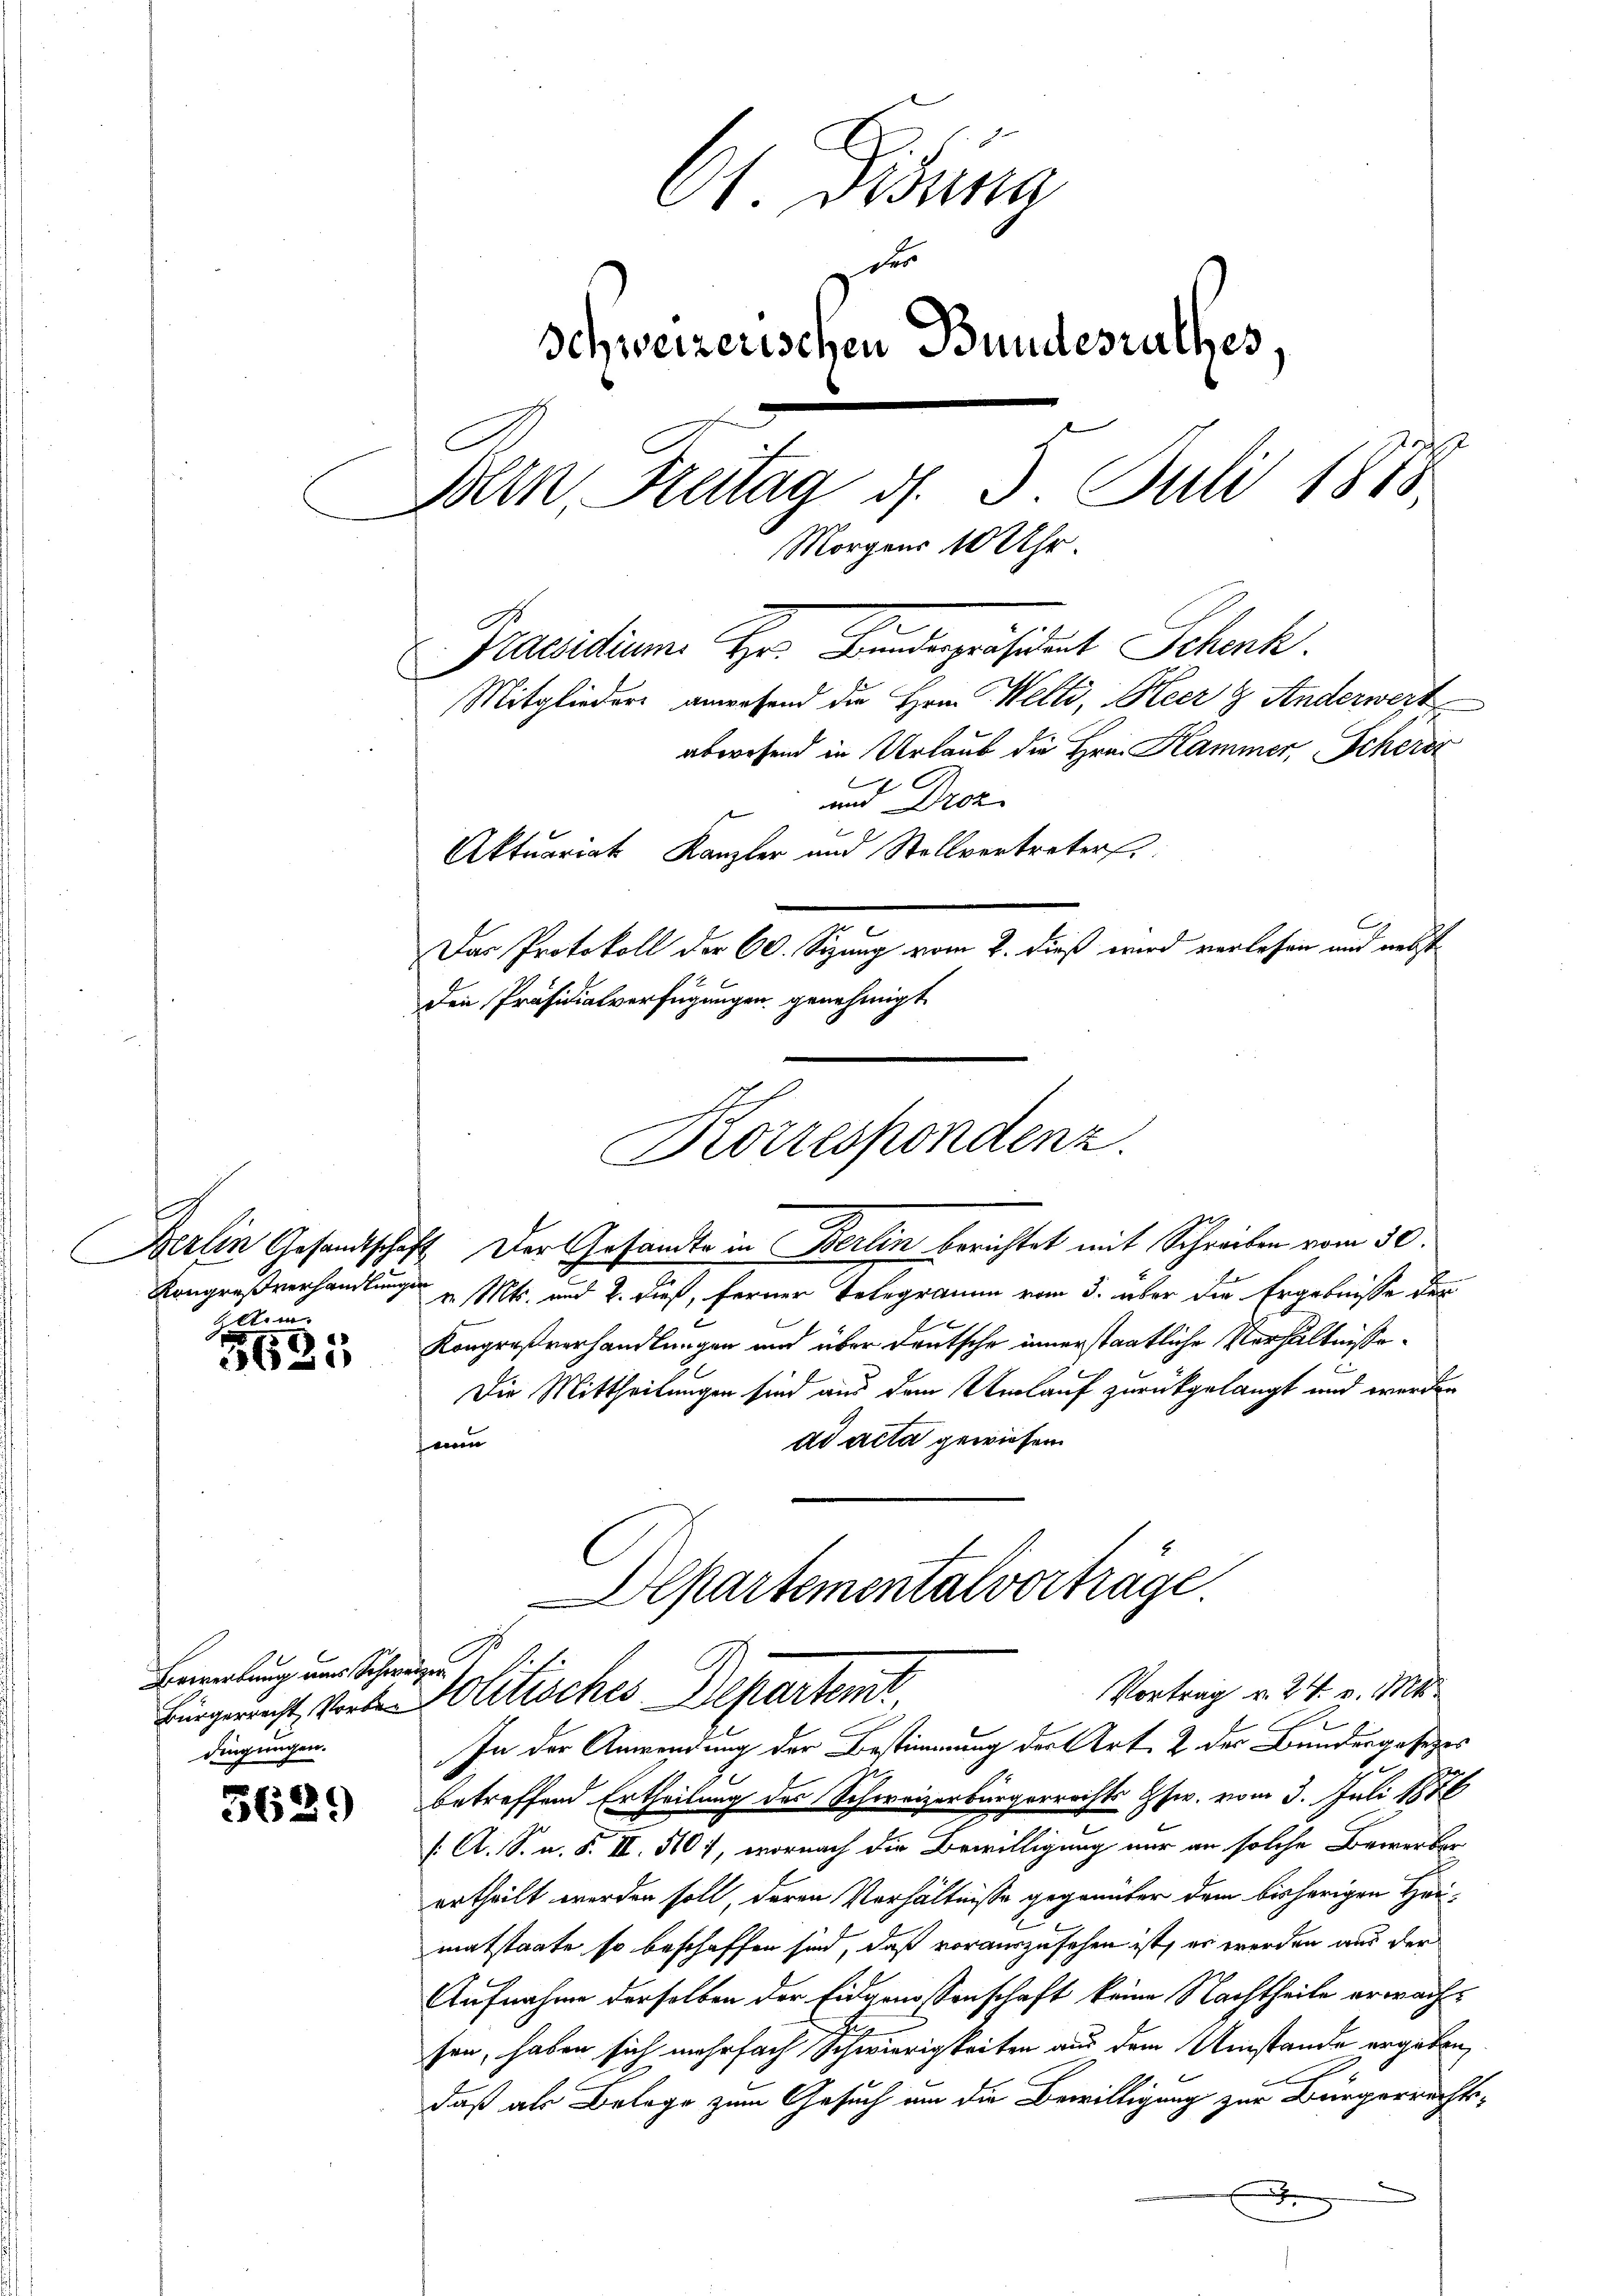
Gelten

5625

Bewerkung aus Schweizer
dingungen.

3629

61. Didung
der
Schweizerischen Bundesrathes,
Bern, Freitag d. 3. Juli 1873.
Morgens 10 Uhr.
Praesidium Hr. Bundespräsident Schenk.
Mitglieders anwesend die Hrn. Welti, Heer & Anderwert
abwesend in Urlaub die Hrn. Hammer, Scherer

Aktuariat Kanzler und Stellvertreter
Den Präsidialverfügungen genehmigt
Korrespondenz.
Berlin Gesandtschaft. Der Gesandte in Berlin berichtet mit Schreiben vom 30.
Kongrußverhandlung v. Mts. und 2. dieß, ferner Telegramm vom 3. über die Ergebnisse der
Kongreßverhandlungen und über deutsche innerstaatliche Verhältnisse¬
E
Die Mittheilungen sind aus dem Umlauf zurückgelangt und werde
ad acta gewiesen
eien

und Droz.
Das Protokoll der 60. Sizung vom 2. dieß wird verlesen und nebst

Departemental vortrage.
Vortrag v. 24. v. 14
Bingerecht, Vorte Politisches Departem

In der Anwendung der Bestimmung der Art. 2 der Bundesgesetzes
betreffend Ertheilung des Schweizerbürgerrechts Gsw. vom 3. Juli 1876
/A. S. n. F. II. 5107, wornach die Bewilligung nur an solche Bewerberertheilt werden soll, deren Verhältnisse gegenüber dem bisherigen Haumatstaate so beschaffen sind, daß vorauszusehen ist, er werden aus der
Aufnahme derselben der Eidgenossenschaft keine Nachtheile erwachf
sen, haben sich mehrfach Schwierigkeiten aus dem Umstände ergäben,
daß als Belege zum Gesuch um die Bewilligung zur Bürgerrechtsx